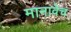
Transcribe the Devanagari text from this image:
मानावेच